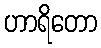
ဟာရိတော